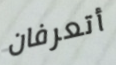
أتعرفان